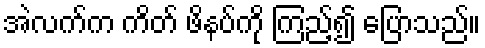
အဲလက်က ကိတ် ဖိနပ်ကို ကြည့်၍ ပြောသည်။